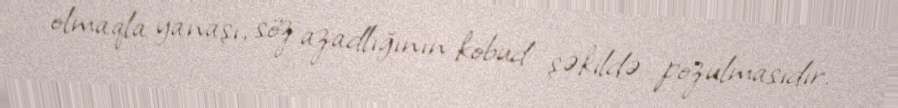
olmaqla yanaşı, söz azadlığının kobud şəkildə pozulmasıdır.